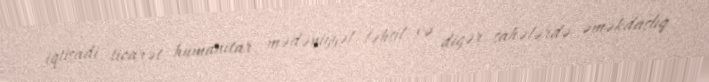
iqtisadi, ticarət, humanitar, mədəniyyət, təhsil və digər sahələrdə əməkdaşlıq